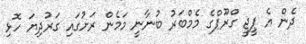
ދެން އެ ޕީޖީ ގްރޫޕްގެ މެމްބަރު ބުނާނީ މަމެން ރަށުގައި ގަރުދިޔަ ހޮޅި